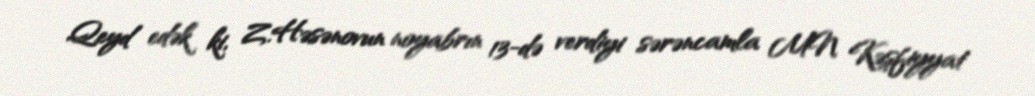
Qeyd edək ki, Z.Həsənovun noyabrın 13-də verdiyi sərəncamla MN Kəşfiyyat